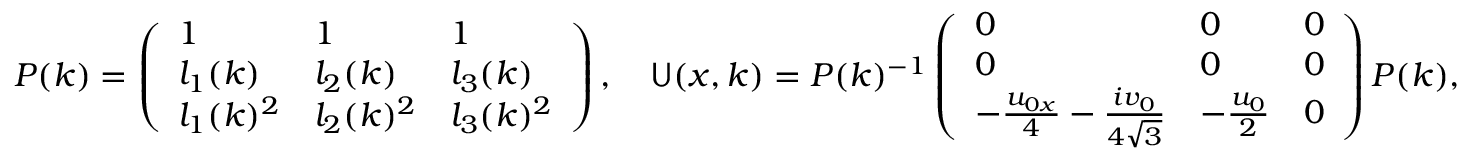
\begin{array} { r } { P ( k ) = \left( \begin{array} { l l l } { 1 } & { 1 } & { 1 } \\ { l _ { 1 } ( k ) } & { l _ { 2 } ( k ) } & { l _ { 3 } ( k ) } \\ { l _ { 1 } ( k ) ^ { 2 } } & { l _ { 2 } ( k ) ^ { 2 } } & { l _ { 3 } ( k ) ^ { 2 } } \end{array} \right) , \quad \mathsf { U } ( x , k ) = P ( k ) ^ { - 1 } \left( \begin{array} { l l l } { 0 } & { 0 } & { 0 } \\ { 0 } & { 0 } & { 0 } \\ { - \frac { u _ { 0 x } } { 4 } - \frac { i v _ { 0 } } { 4 \sqrt { 3 } } } & { - \frac { u _ { 0 } } { 2 } } & { 0 } \end{array} \right) P ( k ) , } \end{array}